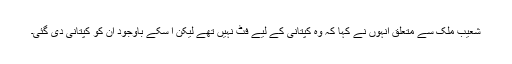
شعیب ملک سے متعلق انہوں نے کہا کہ وہ کپتانی کے لیے فٹ نہیں تھے لیکن ا سکے باوجود ان کو کپتانی دی گئی۔